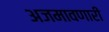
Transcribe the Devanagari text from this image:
अजमावणारी